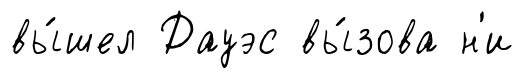
вы́шел Дауэс вы́зова н'и